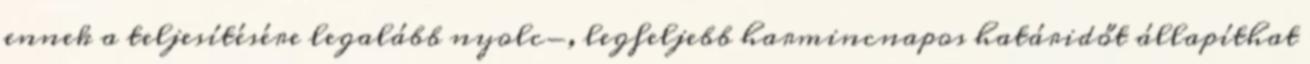
ennek a teljesítésére legalább nyolc-, legfeljebb harmincnapos határidőt állapíthat